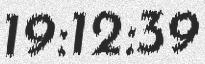
19:12:39